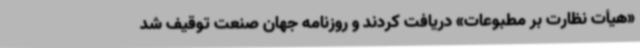
«هیأت نظارت بر مطبوعات» دریافت کردند و روزنامه جهان صنعت توقیف شد